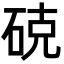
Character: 𮀚